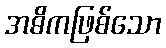
အဓိကဖြစ်သော